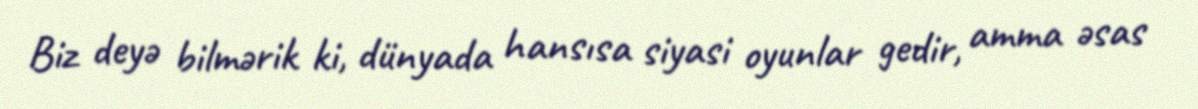
Biz deyə bilmərik ki, dünyada hansısa siyasi oyunlar gedir, amma əsas